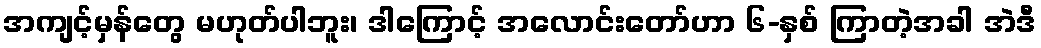
အကျင့်မှန်တွေ မဟုတ်ပါဘူး၊ ဒါကြောင့် အလောင်းတော်ဟာ ၆-နှစ် ကြာတဲ့အခါ အဲဒီ